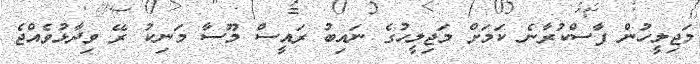
މަޖިލީހުން ފާސްކުރާނެ ކަމަށް މަޖިލީހުގެ ނައިބު ރައީސް މޫސާ މަނިކު ރޭ ވިދާޅުވެއްޖެ